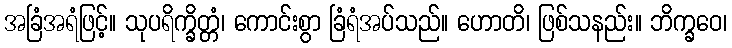
အခြံအရံဖြင့်။ သုပရိက္ခိတ္တံ၊ ကောင်းစွာ ခြံရံအပ်သည်။ ဟောတိ၊ ဖြစ်သနည်း။ ဘိက္ခဝေ၊